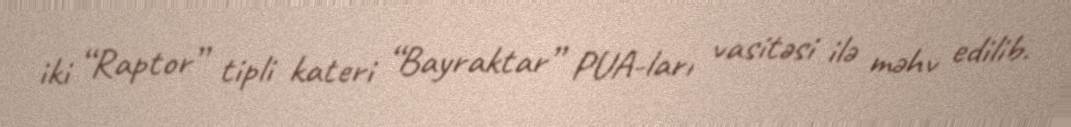
iki “Raptor” tipli kateri “Bayraktar” PUA-ları vasitəsi ilə məhv edilib.